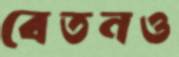
বেতনও